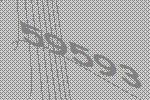
59593